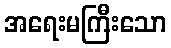
အရေးမကြီးသော